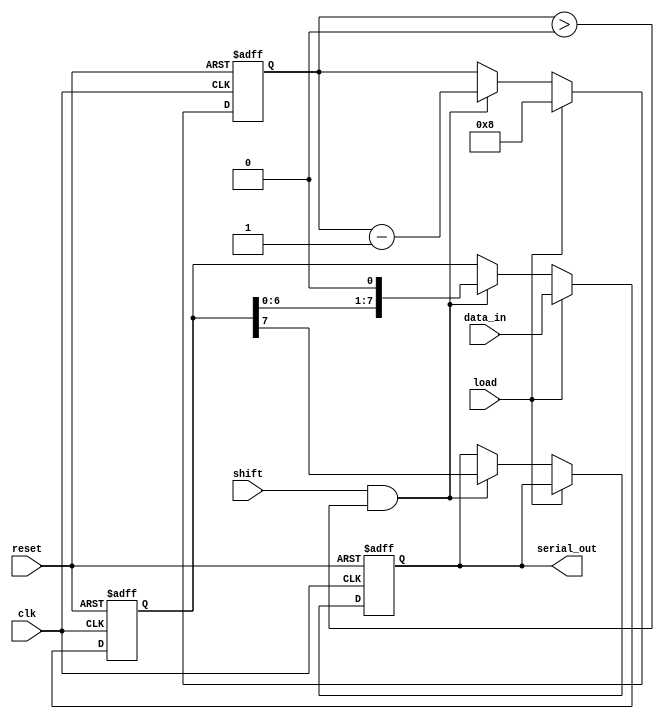
module PISO_Register #(
    parameter N = 8 // Number of parallel data inputs
)(
    input wire clk,              // Clock signal
    input wire load,             // Control signal to load data
    input wire shift,            // Control signal to shift data out
    input wire reset,            // Optional reset signal
    input wire [N-1:0] data_in,  // Parallel data inputs
    output reg serial_out        // Serial data output
);

    // Shift register array (N bits)
    reg [N-1:0] shift_reg;
    reg [3:0] bit_count; // Counter for number of bits shifted out

    // State Machine-like behavior for managing load and shift operations
    always @(posedge clk or posedge reset) begin
        if (reset) begin
            // Reset the register and output
            shift_reg <= 0;
            serial_out <= 0;
            bit_count <= 0;
        end else begin
            if (load) begin
                // Load parallel data into shift register
                shift_reg <= data_in;
                bit_count <= N; // Set bit count to N
            end else if (shift && bit_count > 0) begin
                // Shift data out serially
                serial_out <= shift_reg[N-1]; // Output the MSB
                shift_reg <= {shift_reg[N-2:0], 1'b0}; // Shift left
                bit_count <= bit_count - 1; // Decrement the bit count
            end
        end
    end

endmodule